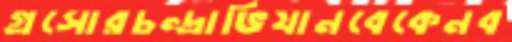
গ্রসোরচন্দ্রাভিযানবেকেনব